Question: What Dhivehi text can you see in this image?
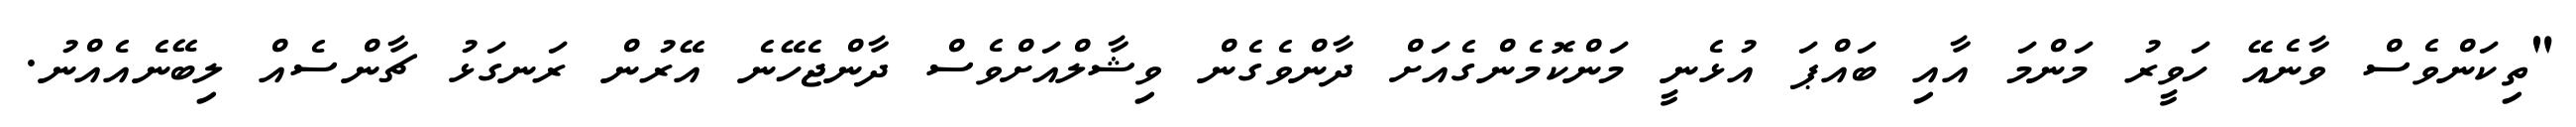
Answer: "ތިކަންވެސް ވާނެއޭ ހަވީރު މަންމަ އާއި ބައްޕަ އުޅެނީ މަންކޮމެންގެއަށް ދާންވެގެން ވިޝާލްއަށްވެސް ދާންޖެހޭނެ އޭރުން ރަނގަޅު ޗާންސެއް ލިބޭނެއެއްނު.